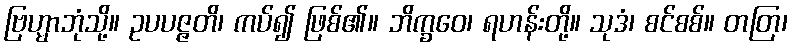
ဗြဟ္မာဘုံသို့။ ဥပပဇ္ဇတိ၊ ကပ်၍ ဖြစ်၏။ ဘိက္ခဝေ၊ ရဟန်းတို့။ သုဒံ၊ စင်စစ်။ တတြ၊